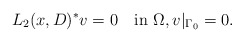
\begin{align*}L_2(x,D)^*v=0\quad\mbox{in}\,\,\Omega, v\vert_{\Gamma_0}=0.\end{align*}